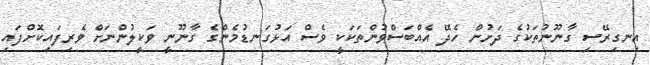
އިނގިރޭސި ގާނޫނުތަކުގެ ދަށުން ހެދޭ އެއްބަސްވުންތަކަކީ ވެސް އަޅުގަނޑުމެންގެ ގާނޫނީ ވަކީލުންނަށް ވެރިފައިކޮށްފައި